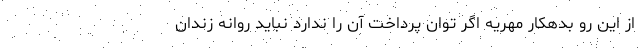
از این رو بدهکار مهریه اگر توان پرداخت آن را ندارد نباید روانه زندان